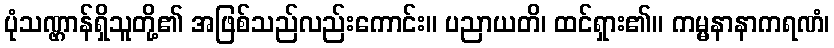
ပုံသဏ္ဌာန်ရှိသူတို့၏ အဖြစ်သည်လည်းကောင်း။ ပညာယတိ၊ ထင်ရှား၏။ ကမ္မနာနာကရဏံ၊